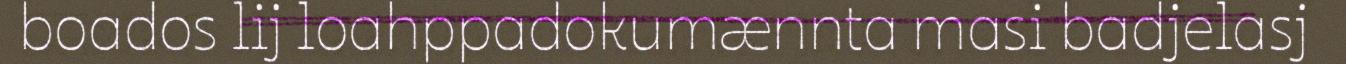
boados lij loahppadokumænnta masi badjelasj